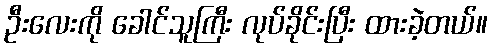
ဦးလေးကို ခေါင်သူကြီး လုပ်ခိုင်းပြီး ထားခဲ့တယ်။